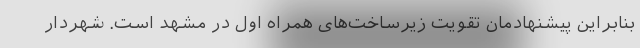
بنابراین پیشنهادمان تقویت زیرساخت‌های همراه اول در مشهد است. شهردار